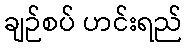
ချဉ်စပ် ဟင်းရည်